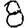
Digit: 8